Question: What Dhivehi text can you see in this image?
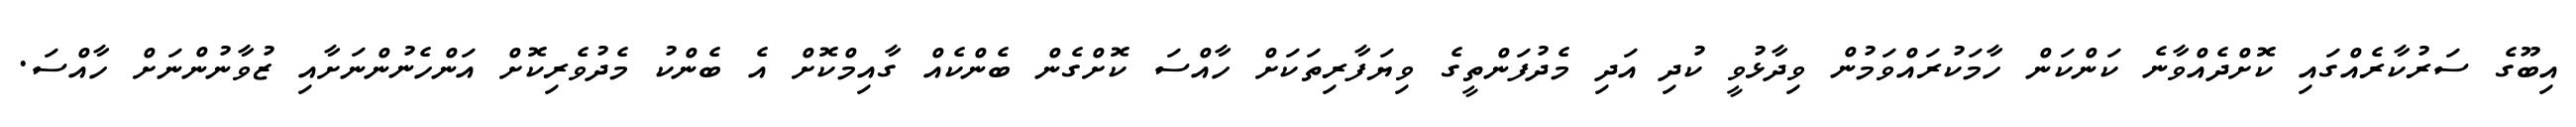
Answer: އިބޫގެ ސަރުކާރެއްގައި ކޮށްދެއްވާނެ ކަންކަން ހާމަކުރައްވަމުން ވިދާޅުވީ ކުދި އަދި މެދުފަންތީގެ ވިޔަފާރިތަކަށް ހާއްސަ ކޮށްގެން ބެންކެއް ގާއިމްކޮށް އެ ބެންކު މެދުވެރިކޮށް އަންހެނުންނަށާއި ޒުވާނުންނަށް ހާއްސަ.